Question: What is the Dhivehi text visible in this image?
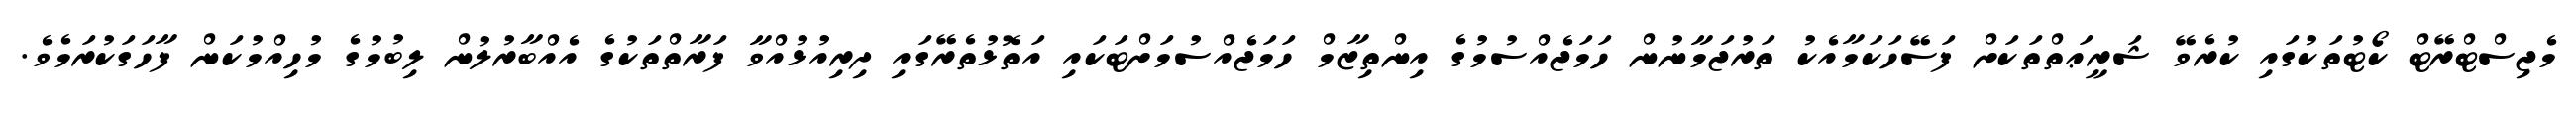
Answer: މެޖިސްޓްރޭޓް ކޯޓުތަކުގައި ކުރެވޭ ޝަރީޢަތްތަކަށް ފަސޭހަކަމާއެކު ތަރުޖަމާނުން ހަމަޖެއްސުމުގެ އިންތިޒާމް ހަމަޖެއްސުމަށްޓަކައި އަތޮޅުތެރޭގައި ދިރިއުޅުއްވާ ފަރާތްތަކުގެ އެއްބާރުލުން ލިބުމުގެ މުހިއްމުކަން ފާހަގަކުރަމެވެ.